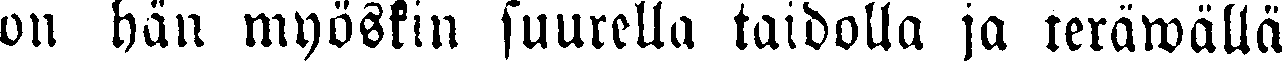
on hän myöskin suurella taidolla ja teräwällä